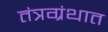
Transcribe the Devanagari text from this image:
तंत्रग्रंथात